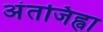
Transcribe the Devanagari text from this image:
अंतजिह्वा